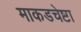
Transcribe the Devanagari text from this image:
माकडचेष्टा